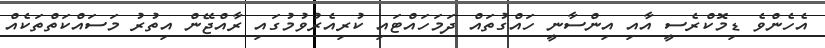
އެހެންވެ ޑިމޮކްރެސީ އާއި އިންސާނީ ހައްގުތައް ދަމަހައްޓައި ކުރިއެރުވުމުގައި ރާއްޖޭން އިތުރު މަސައްކަތްތަކެއް